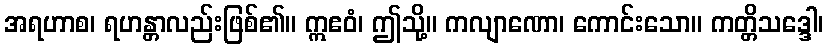
အရဟာစ၊ ရဟန္တာလည်းဖြစ်၏။ ဣဧဝံ၊ ဤသို့။ ကလျာဏော၊ ကောင်းသော။ ကတ္တိသဒ္ဒေါ၊